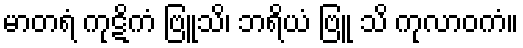
မာတရံ ကုဋိကံ ဗြူသိ၊ ဘရိယံ ဗြူ သိ ကုလာဝကံ။